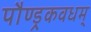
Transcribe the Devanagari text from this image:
पौण्ड्रकवधम्